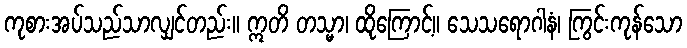
ကုစားအပ်သည်သာလျှင်တည်း။ ဣတိ တသ္မာ၊ ထိုကြောင့်။ သေသရောဂါနံ၊ ကြွင်းကုန်သော